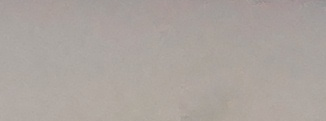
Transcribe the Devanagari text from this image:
मा